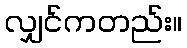
လျှင်ကတည်း။